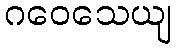
ဂဝေသေယျ